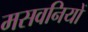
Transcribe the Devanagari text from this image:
मसवनियों